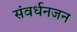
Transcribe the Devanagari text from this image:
संवर्धनजन